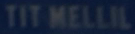
TITMELLIL